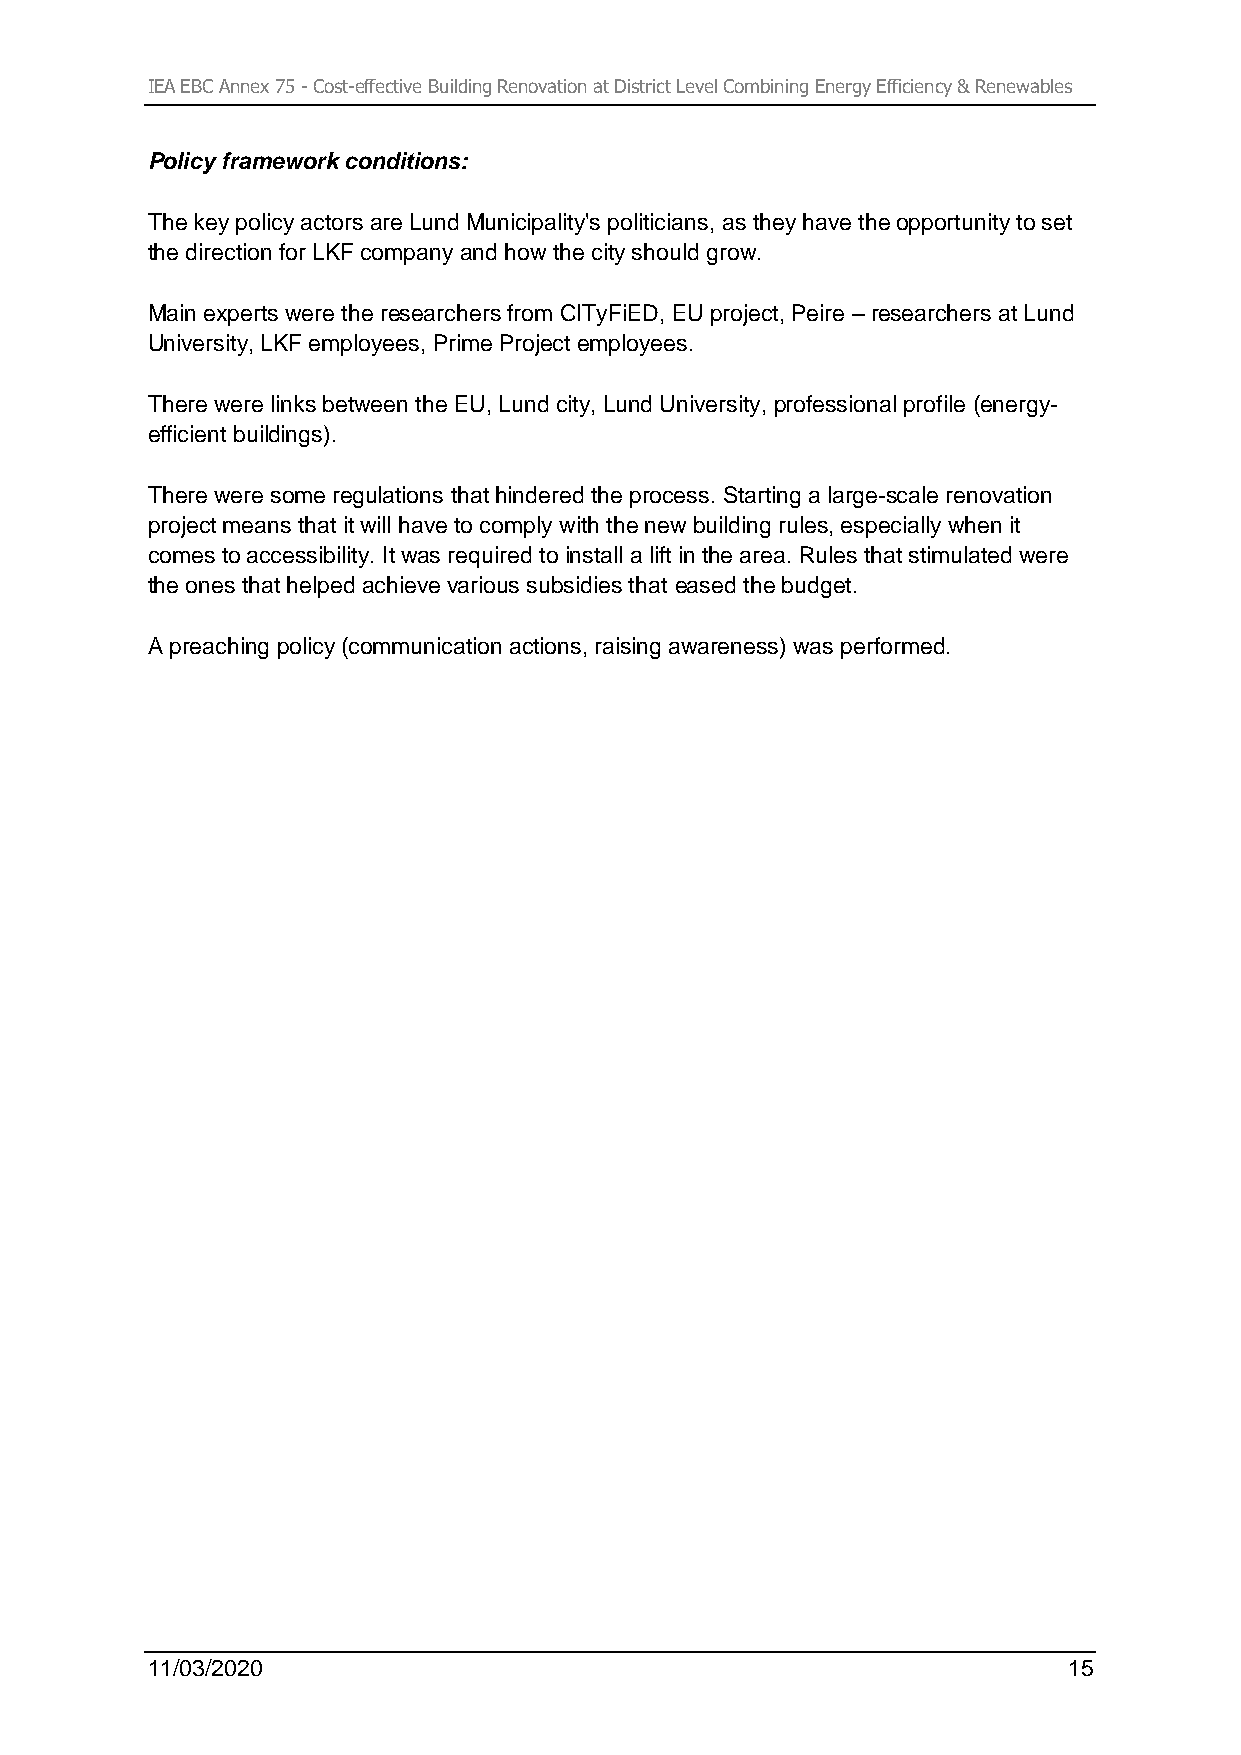
IEA EBC Annex 75 - Cost-effective Building Renovation at District Level Combining Energy Efficiency & Renewables
 Policy framework conditions:
 The key policy actors are Lund Municipality's politicians, as they have the opportunity to set
 the direction for LKF company and how the city should grow.
 Main experts were the researchers from CITyFiED, EU project, Peire – researchers at Lund
 University, LKF employees, Prime Project employees.
 There were links between the EU, Lund city, Lund University, professional profile (energy-
 efficient buildings).
 There were some regulations that hindered the process. Starting a large-scale renovation
 project means that it will have to comply with the new building rules, especially when it
 comes to accessibility. It was required to install a lift in the area. Rules that stimulated were
 the ones that helped achieve various subsidies that eased the budget.
 A preaching policy (communication actions, raising awareness) was performed.
 11/03/2020                                                   15